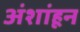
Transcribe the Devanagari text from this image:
अंशांहून